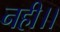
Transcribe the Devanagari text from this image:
नही।।